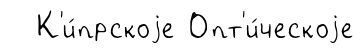
К'и́прскоjе Опт'и́ческоjе